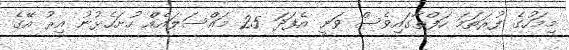
މިމަހުގެ ފުރަތަމަ ހަފްތާގައިވެސް ވަނީ އެފަދަ 25 މައްސަލައެއް ހުށަހެޅުނު އިރު އޭގެ